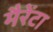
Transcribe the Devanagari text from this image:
मैरेंटा